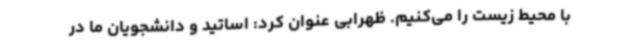
با محیط زیست را می‌کنیم. ظهرابی عنوان کرد: اساتید و دانشجویان ما در